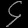
Digit: ၄